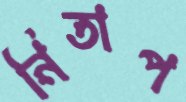
নিতাপ